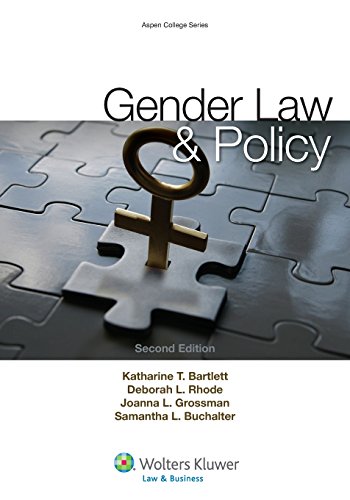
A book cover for Gender Law and Policy (Aspen College); Katharine T. Bartlett; Law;